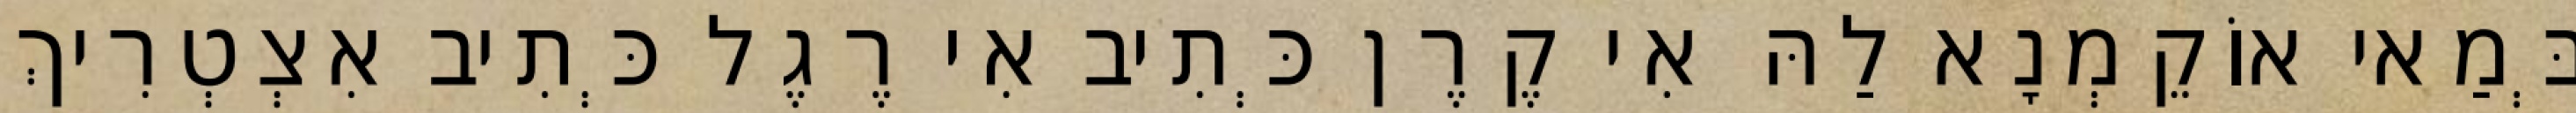
בְּמַאי אוֹקֵמְנָא לַהּ אִי קֶרֶן כְּתִיב אִי רֶגֶל כְּתִיב אִצְטְרִיךְ